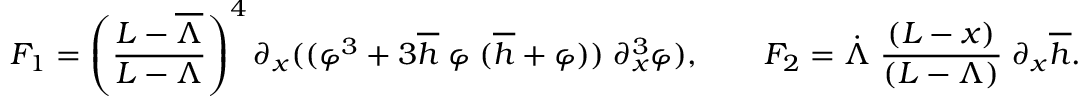
F _ { 1 } = \left( \frac { L - \overline { { \Lambda } } } { L - \Lambda } \right) ^ { 4 } \partial _ { x } ( ( \varphi ^ { 3 } + 3 \overline { { h } } \; \varphi \; ( \overline { { h } } + \varphi ) ) \; \partial _ { x } ^ { 3 } \varphi ) , \qquad F _ { 2 } = \dot { \Lambda } \; \frac { ( L - x ) } { ( L - \Lambda ) } \; \partial _ { x } \overline { { h } } .